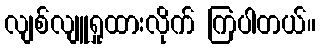
လျစ်လျူရှုထားလိုက် ကြပါတယ်။